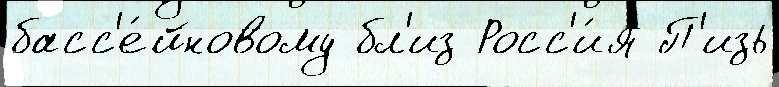
басс'е́йновому бл'из Росс'и́я П'изь